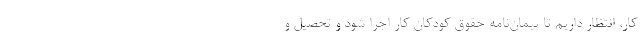
کار، انتظار داریم تا پیمان‌نامه حقوق کودکان کار اجرا شود و تحصیل و